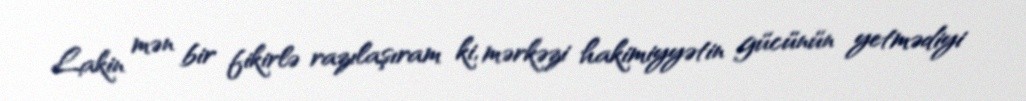
Lakin mən bir fikirlə razılaşıram ki, mərkəzi hakimiyyətin gücünün yetmədiyi